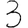
Digit: 3